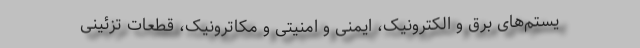
یستم‌های برق و الکترونیک، ایمنی و امنیتی و مکاترونیک، قطعات تزئینی